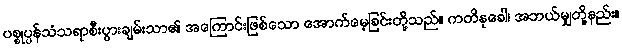
ပစ္စုပ္ပန်သံသရာစီးပွားချမ်းသာ၏ အကြောင်းဖြစ်သော အောက်မေ့ခြင်းတို့သည်။ ကတိနုခေါ၊ အဘယ်မျှတို့နည်း။